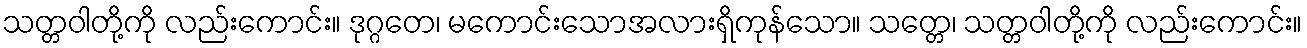
သတ္တဝါတို့ကို လည်းကောင်း။ ဒုဂ္ဂတေ၊ မကောင်းသောအလားရှိကုန်သော။ သတ္တေ၊ သတ္တဝါတို့ကို လည်းကောင်း။